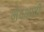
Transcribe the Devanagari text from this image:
भेदभावी